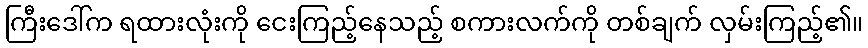
ကြီးဒေါ်က ရထားလုံးကို ငေးကြည့်နေသည့် စကားလက်ကို တစ်ချက် လှမ်းကြည့်၏။